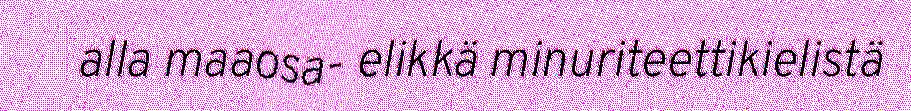
alla maaosa- elikkä minuriteettikielistä